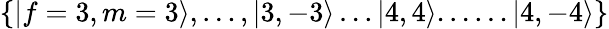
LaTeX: \{ |f=3,m=3\rangle,\ldots,|3,-3\rangle\ldots|4,4\rangle...\ldots|4,-4\rangle\}